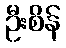
ဦးစိန်